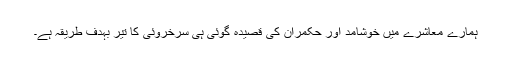
ہمارے معاشرے میں خوشامد اور حکمران کی قصیدہ گوئی ہی سرخروئی کا تیر بہدف طریقہ ہے۔